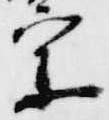
宗